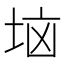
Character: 垴